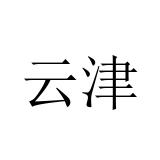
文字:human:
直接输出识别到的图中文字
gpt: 云津